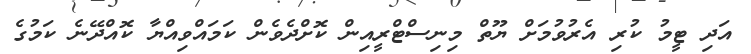
އަދި ޓީމު ކުރި އެރުވުމަށް ޔޫތް މިނިސްޓްރީއިން ކޮށްދެވެން ކަމައްވިއްޔާ ކޮއްދޭނެ ކަމުގެ